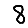
Digit: 8